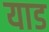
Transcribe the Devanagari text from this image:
याड